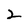
Character: 2